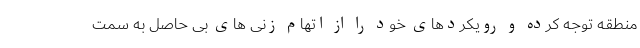
منطقه توجه کرده و رویکردهای خود را از اتهام زنی های بی حاصل به سمت